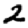
Digit: 2